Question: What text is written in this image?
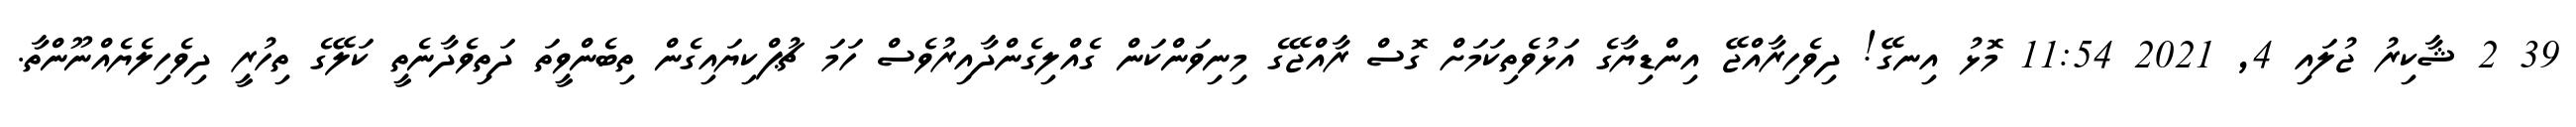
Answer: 39 2 ޝާކިރު ޖުލައި 4, 2021 11:54 މޮޅު އިނގޭ! ދިވެހިރާއްޖޭ އިންޑިޔާގެ އަޅުވެތިކަމަށް ގޮސް ރާއްޖޭގެ މިނިވަންކަން ގެއްލިގެންދާއިރުވެސް ހަމަ ޗުޕްކިޔައިގެން ތިބެންވީތަ ދަތިވެދާނެތީ ކަލޭގެ ތިހުރީ ދިވެހިލެޔެއްނޫންތާ.